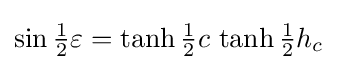
\sin {\tfrac {1}{2}}\varepsilon =\tanh {\tfrac {1}{2}}c\,\tanh {\tfrac {1}{2}}h_{c}